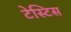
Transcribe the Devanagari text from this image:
टेस्टिस